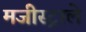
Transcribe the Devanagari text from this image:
मजीस्ट्राले